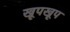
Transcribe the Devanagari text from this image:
खूपखूप